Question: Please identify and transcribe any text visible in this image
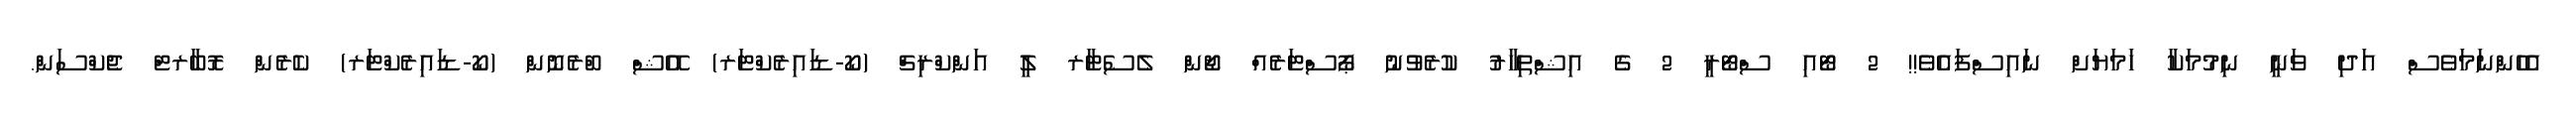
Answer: އެހެންނަމަވެސް އަދި ވަނީ ނިމުމަކާ ހަމަޔަށް ނައިސްފައެވެ!! 2 ޓޯއި ސްޓޯރީ 2 ގެ އިޝްތިހާރު ކުރެވުނު ޕޯސްޓަރެއް ޖޯން ލެސެޓާރ ލީ އަންކްރިޗް (ކޯ-ޑައިރެކްޓަރ) އޭޝް ބްރެނޮން (ކޯ-ޑައިރެކްޓަރ) ކެރެން ރޮބާރޓް ޖެކްސަން.